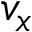
v _ { x }